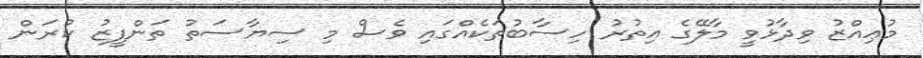
މުޢިއްޒު ވިދާޅުވީ މާލޭގެ އިތުރު ހިސާބުތަކެއްގައި ވެސް މި ސިޔާސަތު ތަންފީޒު ކުރަން